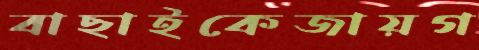
বাছাইকেজায়গ